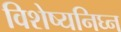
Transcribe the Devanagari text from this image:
विशेष्यनिघ्न